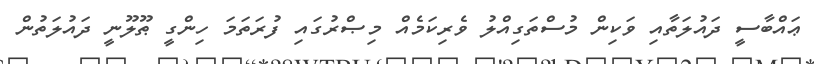
ޢައްބާސީ ދައުލަތާއި ވަކިން މުސްތަގިއްލު ވެރިކަމެއް މިޞްރުގައި ފުރަތަމަ ހިންގީ ޠޫލޫނީ ދައުލަތުން